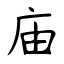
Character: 庙